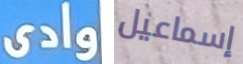
وادى إسماعيل